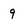
Character: 9